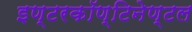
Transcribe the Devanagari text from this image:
इण्टरकॉण्टिनेण्टल